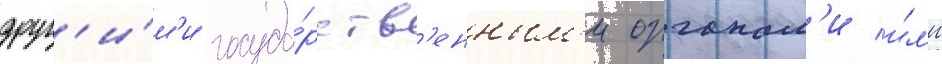
друг'и́м'и госуда́рств'енным'и органам'и и́л'и